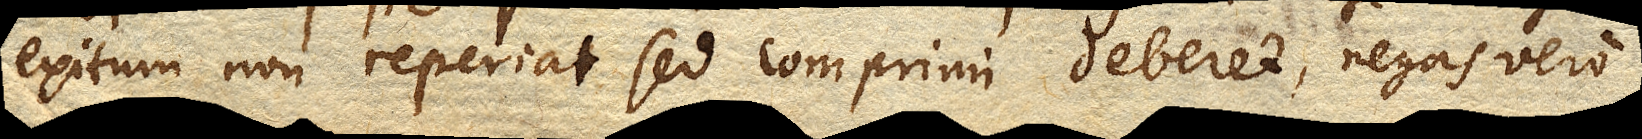
exitum non reperiat sed comprimi deberet, negas vero